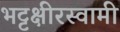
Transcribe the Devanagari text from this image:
भट्टक्षीरस्वामी